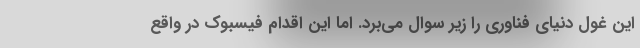
این غول دنیای فناوری را زیر سوال می‌برد. اما این اقدام فیسبوک در واقع